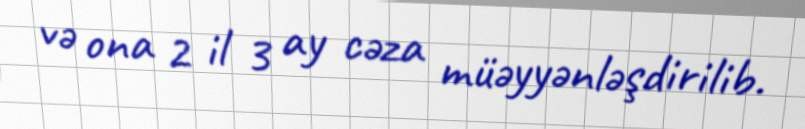
və ona 2 il 3 ay cəza müəyyənləşdirilib.